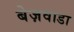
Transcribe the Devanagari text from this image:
बेज़वाडा